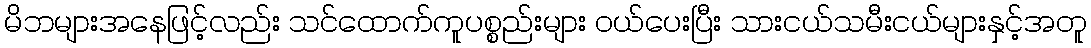
မိဘများအနေဖြင့်လည်း သင်ထောက်ကူပစ္စည်းများ ဝယ်ပေးပြီး သားငယ်သမီးငယ်များနှင့်အတူ